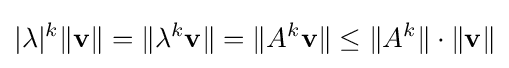
|\lambda |^{k}\|\mathbf {v} \|=\|\lambda ^{k}\mathbf {v} \|=\|A^{k}\mathbf {v} \|\leq \|A^{k}\|\cdot \|\mathbf {v} \|